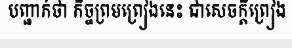
បញ្ជាក់ថា កិច្ចព្រមព្រៀងនេះ ជាសេចក្តីព្រៀង